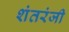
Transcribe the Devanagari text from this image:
शंतरंजी